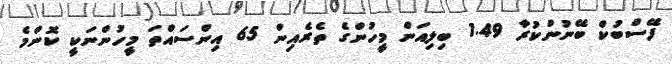
ފޭސްބުކް ބޭނުންކުރާ 1.49 ބިލިއަން މީހުންގެ ތެރެއިން 65 އިންސައްތަ މީހުންނަކީ ކޮންމެ